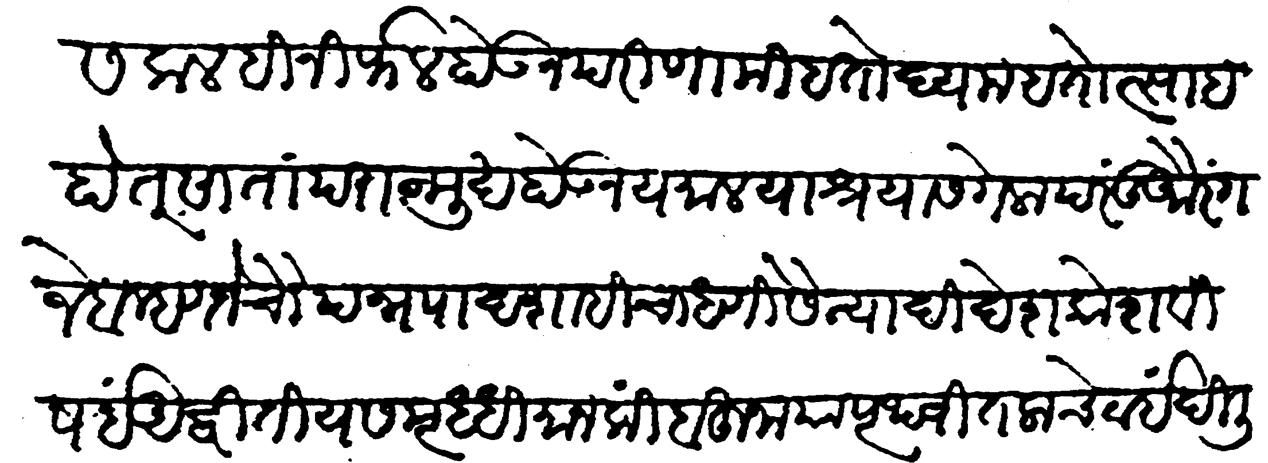
Transliteration (Devanagari): सकलहि निर्फळ होऊन परिणामीं हतोद्यम हतोत्साह होत्सातां पराङ्मुख होऊन यमालयाश्रयास गेला परंतु औरंगजेब म्हणजे चौपन्न पादशाहीचा धणी सैन्यादि देश कोश विषयीं अद्वितीय समृद्धिमान किंबहुना या पृथ्वीतलाचे ठायीं दिल्लीश्वरोवा